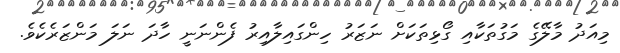
މިއަދު މާލޭގެ މަގުތަކާއި ގޯޅިތަކަށް ނަޒަރު ހިންގައިލާއިރު ފެންނަނީ ހާދަ ނަލަ މަންޒަރެކެވެ.